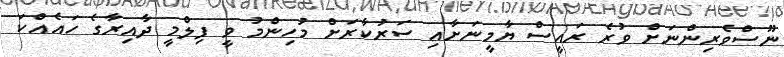
ނޫސްވެރިންނަށް ވުރެ ރައީސް ޔާމީނަށާއި ސަރުކާރަށް މުހިންމު ވީ ފިލްމީ ދާއިރާގެ ހައެއްކަ